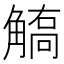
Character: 𧤦